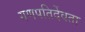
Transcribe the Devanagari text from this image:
गणपतिर्देवता